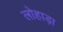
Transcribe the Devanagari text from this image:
लोहाड़ा